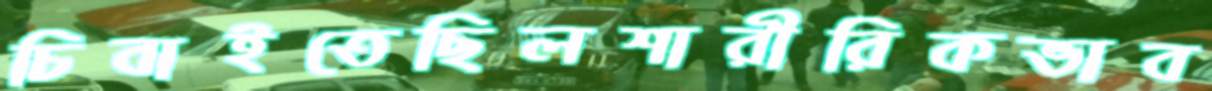
চিবাইতেছিলশারীরিকভাব